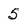
Character: 5